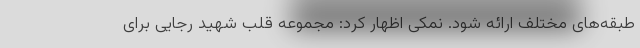
طبقه‌های مختلف ارائه شود. نمکی اظهار کرد: مجموعه قلب شهید رجایی برای